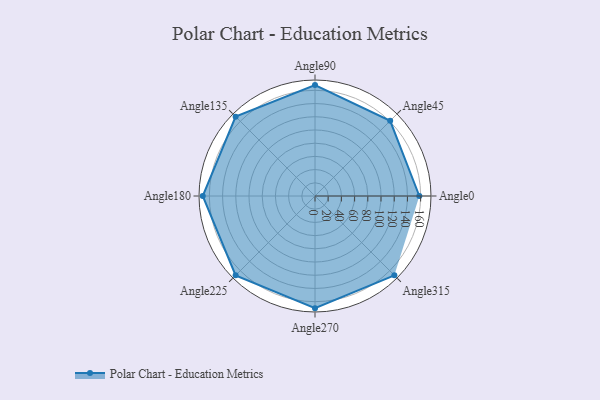
{"axis": {"x": "Angle", "y": "Radius"}, "legend": [""], "data": [{"x": "Angle0", "y": 158.0, "type": ""}, {"x": "Angle45", "y": 161.0, "type": ""}, {"x": "Angle90", "y": 168.0, "type": ""}, {"x": "Angle135", "y": 170, "type": ""}, {"x": "Angle180", "y": 170.0, "type": ""}, {"x": "Angle225", "y": 170, "type": ""}, {"x": "Angle270", "y": 170.0, "type": ""}, {"x": "Angle315", "y": 170, "type": ""}]}